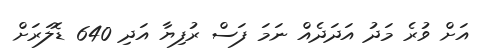
އަށް ވުރެ މަދު އަދަދެއް ނަމަ ފަސް ރުފިޔާ އަދި 640 ޑޮލަރަށް